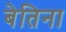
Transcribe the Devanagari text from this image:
बेतिना